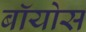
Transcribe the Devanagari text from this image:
बॉयोस